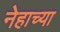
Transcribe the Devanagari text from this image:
नेहाच्या